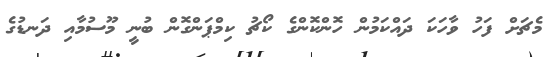
މެޗަށް ފަހު ވާހަކަ ދައްކަމުން ހޮންކޮންގެ ކޯޗު ކިމްޕަންގޮން ބުނީ މޫސުމާއި ދަނޑުގެ